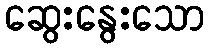
ဆွေးနွေးသော